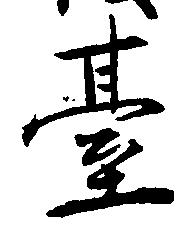
台